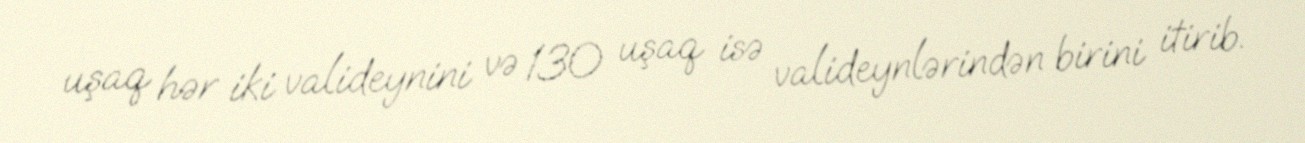
uşaq hər iki valideynini və 130 uşaq isə valideynlərindən birini itirib.